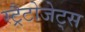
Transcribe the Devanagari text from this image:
स्ट्रैटोजेट्स